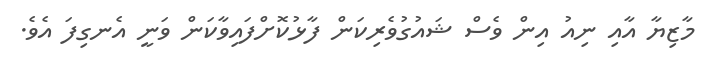
މާޒިޔާ އާއި ނިއު އިން ވެސް ޝައުގުވެރިކަން ފާޅުކޮށްފައިވާކަން ވަނީ އެނގިފަ އެވެ.